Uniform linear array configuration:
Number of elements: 32
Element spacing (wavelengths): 0.25
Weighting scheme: hamming
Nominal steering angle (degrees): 45
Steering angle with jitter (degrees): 46.816
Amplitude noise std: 0.05
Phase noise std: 0.05

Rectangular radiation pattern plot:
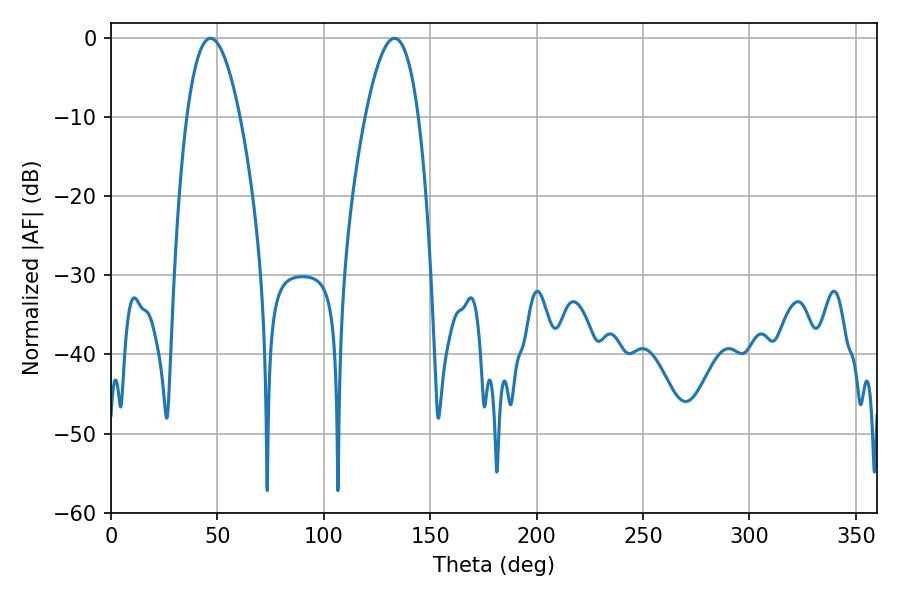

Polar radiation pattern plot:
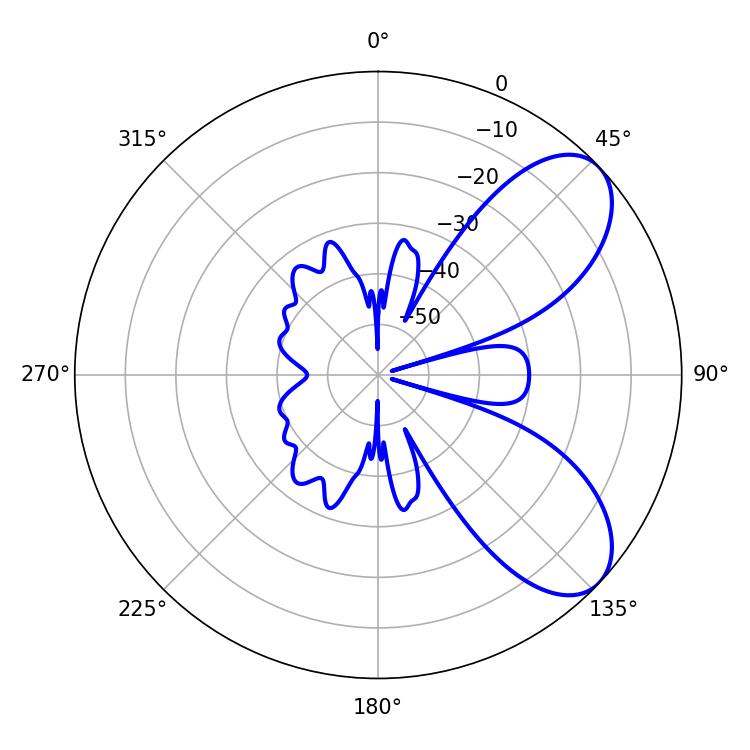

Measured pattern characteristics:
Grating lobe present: FALSE
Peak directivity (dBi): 7.242
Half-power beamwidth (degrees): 13.68
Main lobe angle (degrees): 46.8